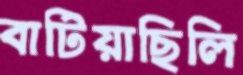
বাটিয়াছিলি